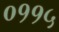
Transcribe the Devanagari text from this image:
०११५